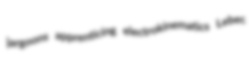
jargoons apprenticing electrokinematics Lebec